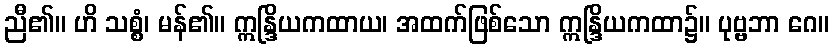
ညီ၏။ ဟိ သစ္စံ၊ မန်၏။ ဣန္ဒြိယကထာယ၊ အထက်ဖြစ်သော ဣန္ဒြိယကထာ၌။ ပုဗ္ဗဘာ ဂေ။